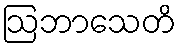
ဩဘာသေတိ